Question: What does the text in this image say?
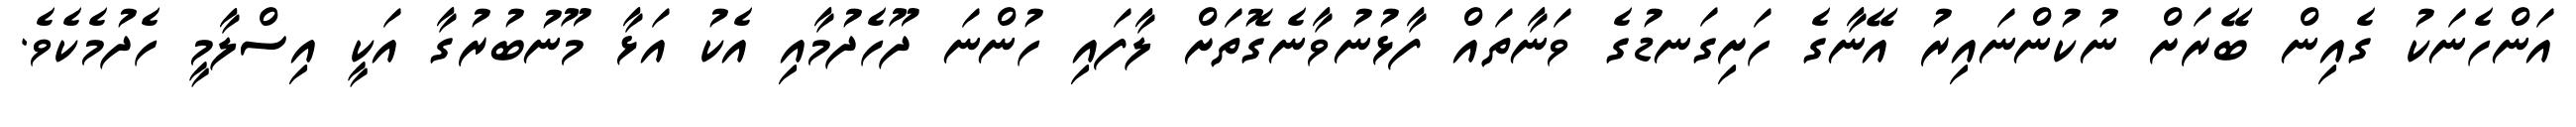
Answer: އަންހެނަކު ގެއިން ބޭރަށް ނުކުންނައިރު އޭނާގެ ހަށިގަނޑުގެ ވަނާތައް ފާޅުނުވާނެގޮތަށް ލާފައި ހުންނަ ދޫހެދުމާއި އެކު އަޅާ މޫނުބުރުގާ އަކީ އިސްލާމީ ހެދުމެކެވެ.